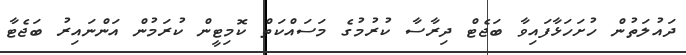
ދައުލަތުން ހުށަހަޅާފައިވާ ބަޖެޓް ދިރާސާ ކުރުމުގެ މަސައްކަތް ކޮމިޓީން ކުރަމުން އަންނައިރު ބަޖެޓާ